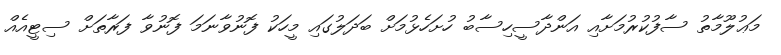
މަޢުލޫމާތު ސާފުކުރުމަށާއި އަންދާސީހިސާބު ހުށަހެޅުމަށް ބަދަލުގައި މީހަކު ފޮނުވާނަމަ ފޮނުވާ ފަރާތަށް ސިޓީއެއް